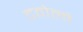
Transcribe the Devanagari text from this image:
टवोलो